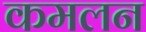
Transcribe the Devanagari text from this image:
कमलन